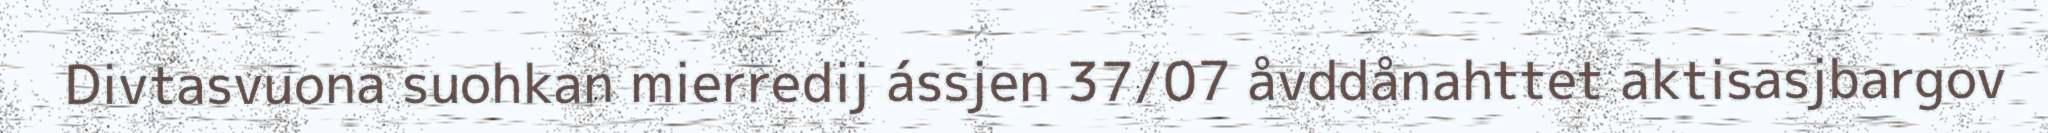
Divtasvuona suohkan mierredij ássjen 37/07 åvddånahttet aktisasjbargov